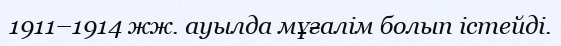
1911–1914 жж. ауылда мұғалім болып істейді.